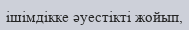
ішімдікке әуестікті жойып,